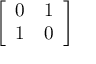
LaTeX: \left[ \begin{array} { l l } { 0 } & { 1 } \\ { 1 } & { 0 } \end{array} \right]